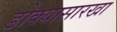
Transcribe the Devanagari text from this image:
डोक्यासारखा